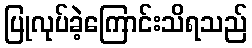
ပြုလုပ်ခဲ့ကြောင်းသိရသည်